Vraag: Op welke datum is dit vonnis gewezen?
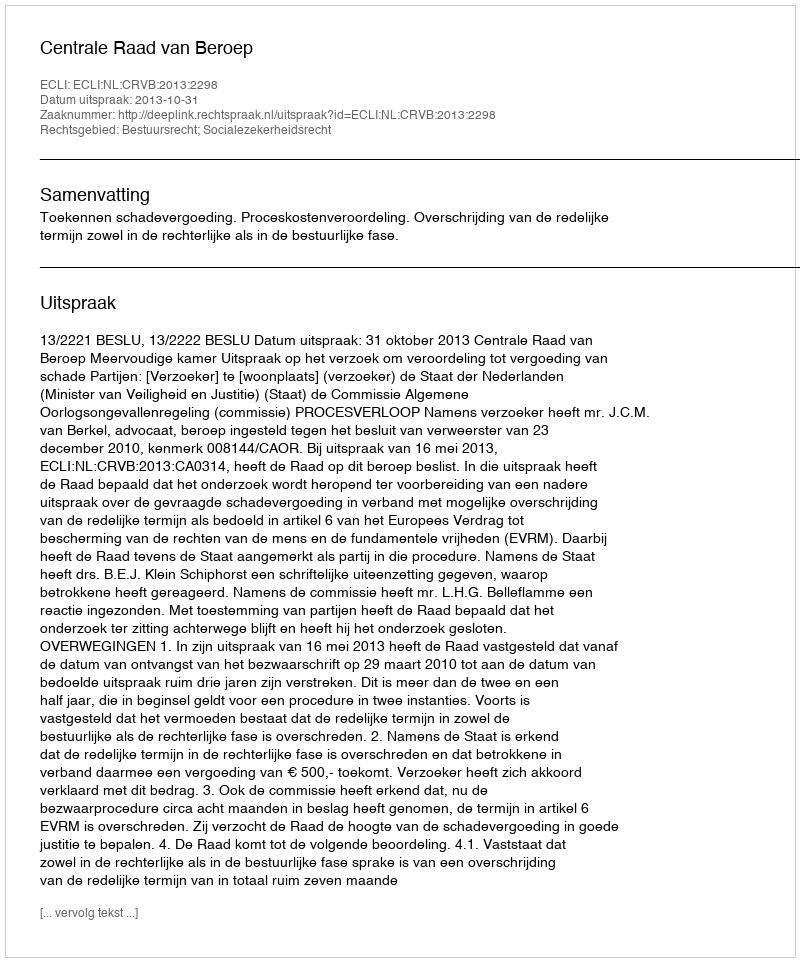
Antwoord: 2013-10-31